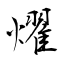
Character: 燿